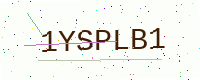
Text: 1YSPLB1